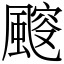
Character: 䬒